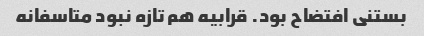
بستنی افتضاح بود. قرابیه هم تازه نبود متاسفانه